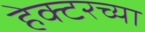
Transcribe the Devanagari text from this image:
हेक्टरच्या